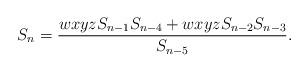
LaTeX: \begin{align*} S_n=\frac{wxyz S_{n-1}S_{n-4}+wxyz S_{n-2}S_{n-3}}{S_{n-5}}. \end{align*}